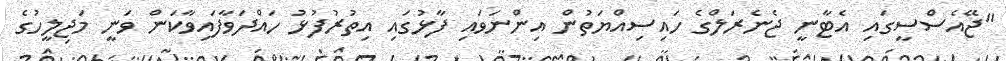
"ޖޭއެސްސީގައި އެޓާނީ ޖެނެރަލްގެ ހައިސިއްޔަތުން އިންނަވައި ފާޅުގައި އިތުރުފުޅު ހައްދަވާފައިވާކަން ވަނީ މަޖިލީހުގެ